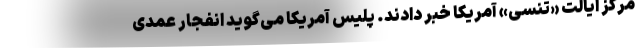
مرکز ایالت «تنسی» آمریکا خبر دادند. پلیس آمریکا می‌گوید انفجار عمدی